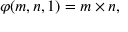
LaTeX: \varphi ( m , n , 1 ) = m \times n ,